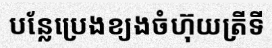
បន្លែប្រេងខ្យងចំហ៊ុយត្រីទី